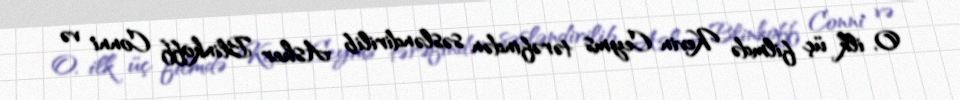
O, ilk üç filmdə Kevin Ceyms tərəfindən səsləndirilib Asher Blinkoff Conni və